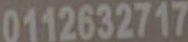
0112632717